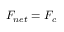
F _ { n e t } = F _ { c }